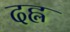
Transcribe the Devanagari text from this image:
दह्ल